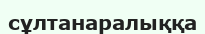
сұлтанаралыққа